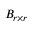
B _ { r \times r }